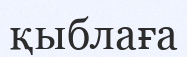
қыблаға